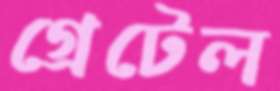
গ্রেটেল